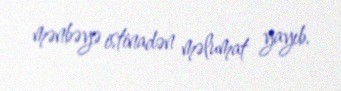
mənbəyə istinadən məlumat yayıb.